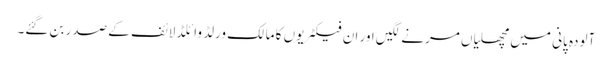
آلودہ پانی میں مچھلیاں مرنے لگیں اور ان فیکٹریوں کا مالک ورلڈ وائلڈ لائف کے صدر بن گئے۔